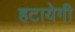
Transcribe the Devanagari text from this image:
हटायेगी